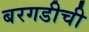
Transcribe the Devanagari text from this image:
बरगडीची